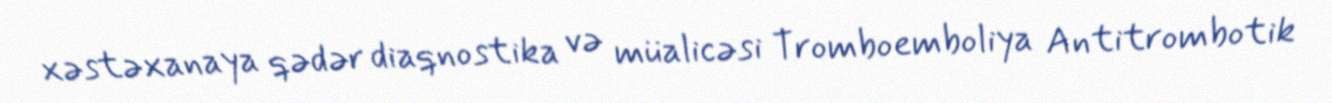
xəstəxanaya qədər diaqnostika və müalicəsi Tromboemboliya Antitrombotik